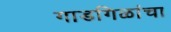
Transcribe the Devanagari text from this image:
गाडगिळांचा